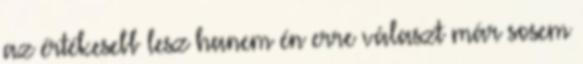
az értékesebb lesz hanem én erre választ már sosem